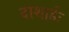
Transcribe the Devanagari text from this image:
दाशार्हः